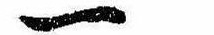
一